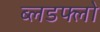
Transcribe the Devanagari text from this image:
ब्लडफ्लो